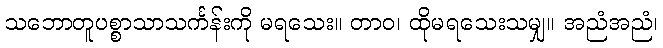
သဘောတူပစ္စာသာသင်္ကန်းကို မရသေး။ တာဝ၊ ထိုမရသေးသမျှ။ အညံအညံ၊